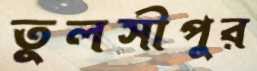
তুলসীপুর